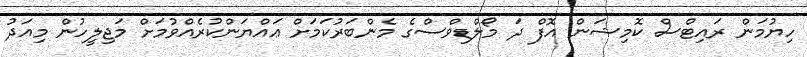
ހިޔުމަން ރައިޓްސް ކޮމިޝަން އޮފް ދަ މޯލްޑިވްސްގެ މެންބަރުކަމަށް ޢައްޔަންކުރެއްވުމަށް މަޖިލީހުން މިއަދު